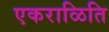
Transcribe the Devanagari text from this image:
एकराळिति